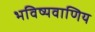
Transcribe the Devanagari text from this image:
भविष्यवाणिय